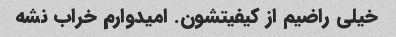
خیلی راضیم از کیفیتشون. امیدوارم خراب نشه